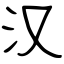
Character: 汉